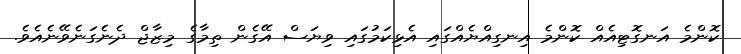
ކޮންމެ އަނގޮޓިއެއް ކޮންމެ އިނގިއްޔެއްގައި އެޅިކަމުގައި ވިޔަސް އޭގެން ތިމާގެ މިޒާޖް ދެނެގަނެވޭނެއެވެ.